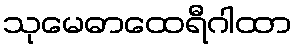
သုမေဓာထေရီဂါထာ